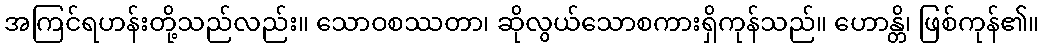
အကြင်ရဟန်းတို့သည်လည်း။ သောဝစဿတာ၊ ဆိုလွယ်သောစကားရှိကုန်သည်။ ဟောန္တိ၊ ဖြစ်ကုန်၏။